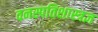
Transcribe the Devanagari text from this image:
वनस्पतिशास्त्रज्ञ